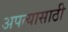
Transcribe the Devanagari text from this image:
अपत्यासाठी